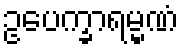
ဥပေက္ခာရမ္မဏံ